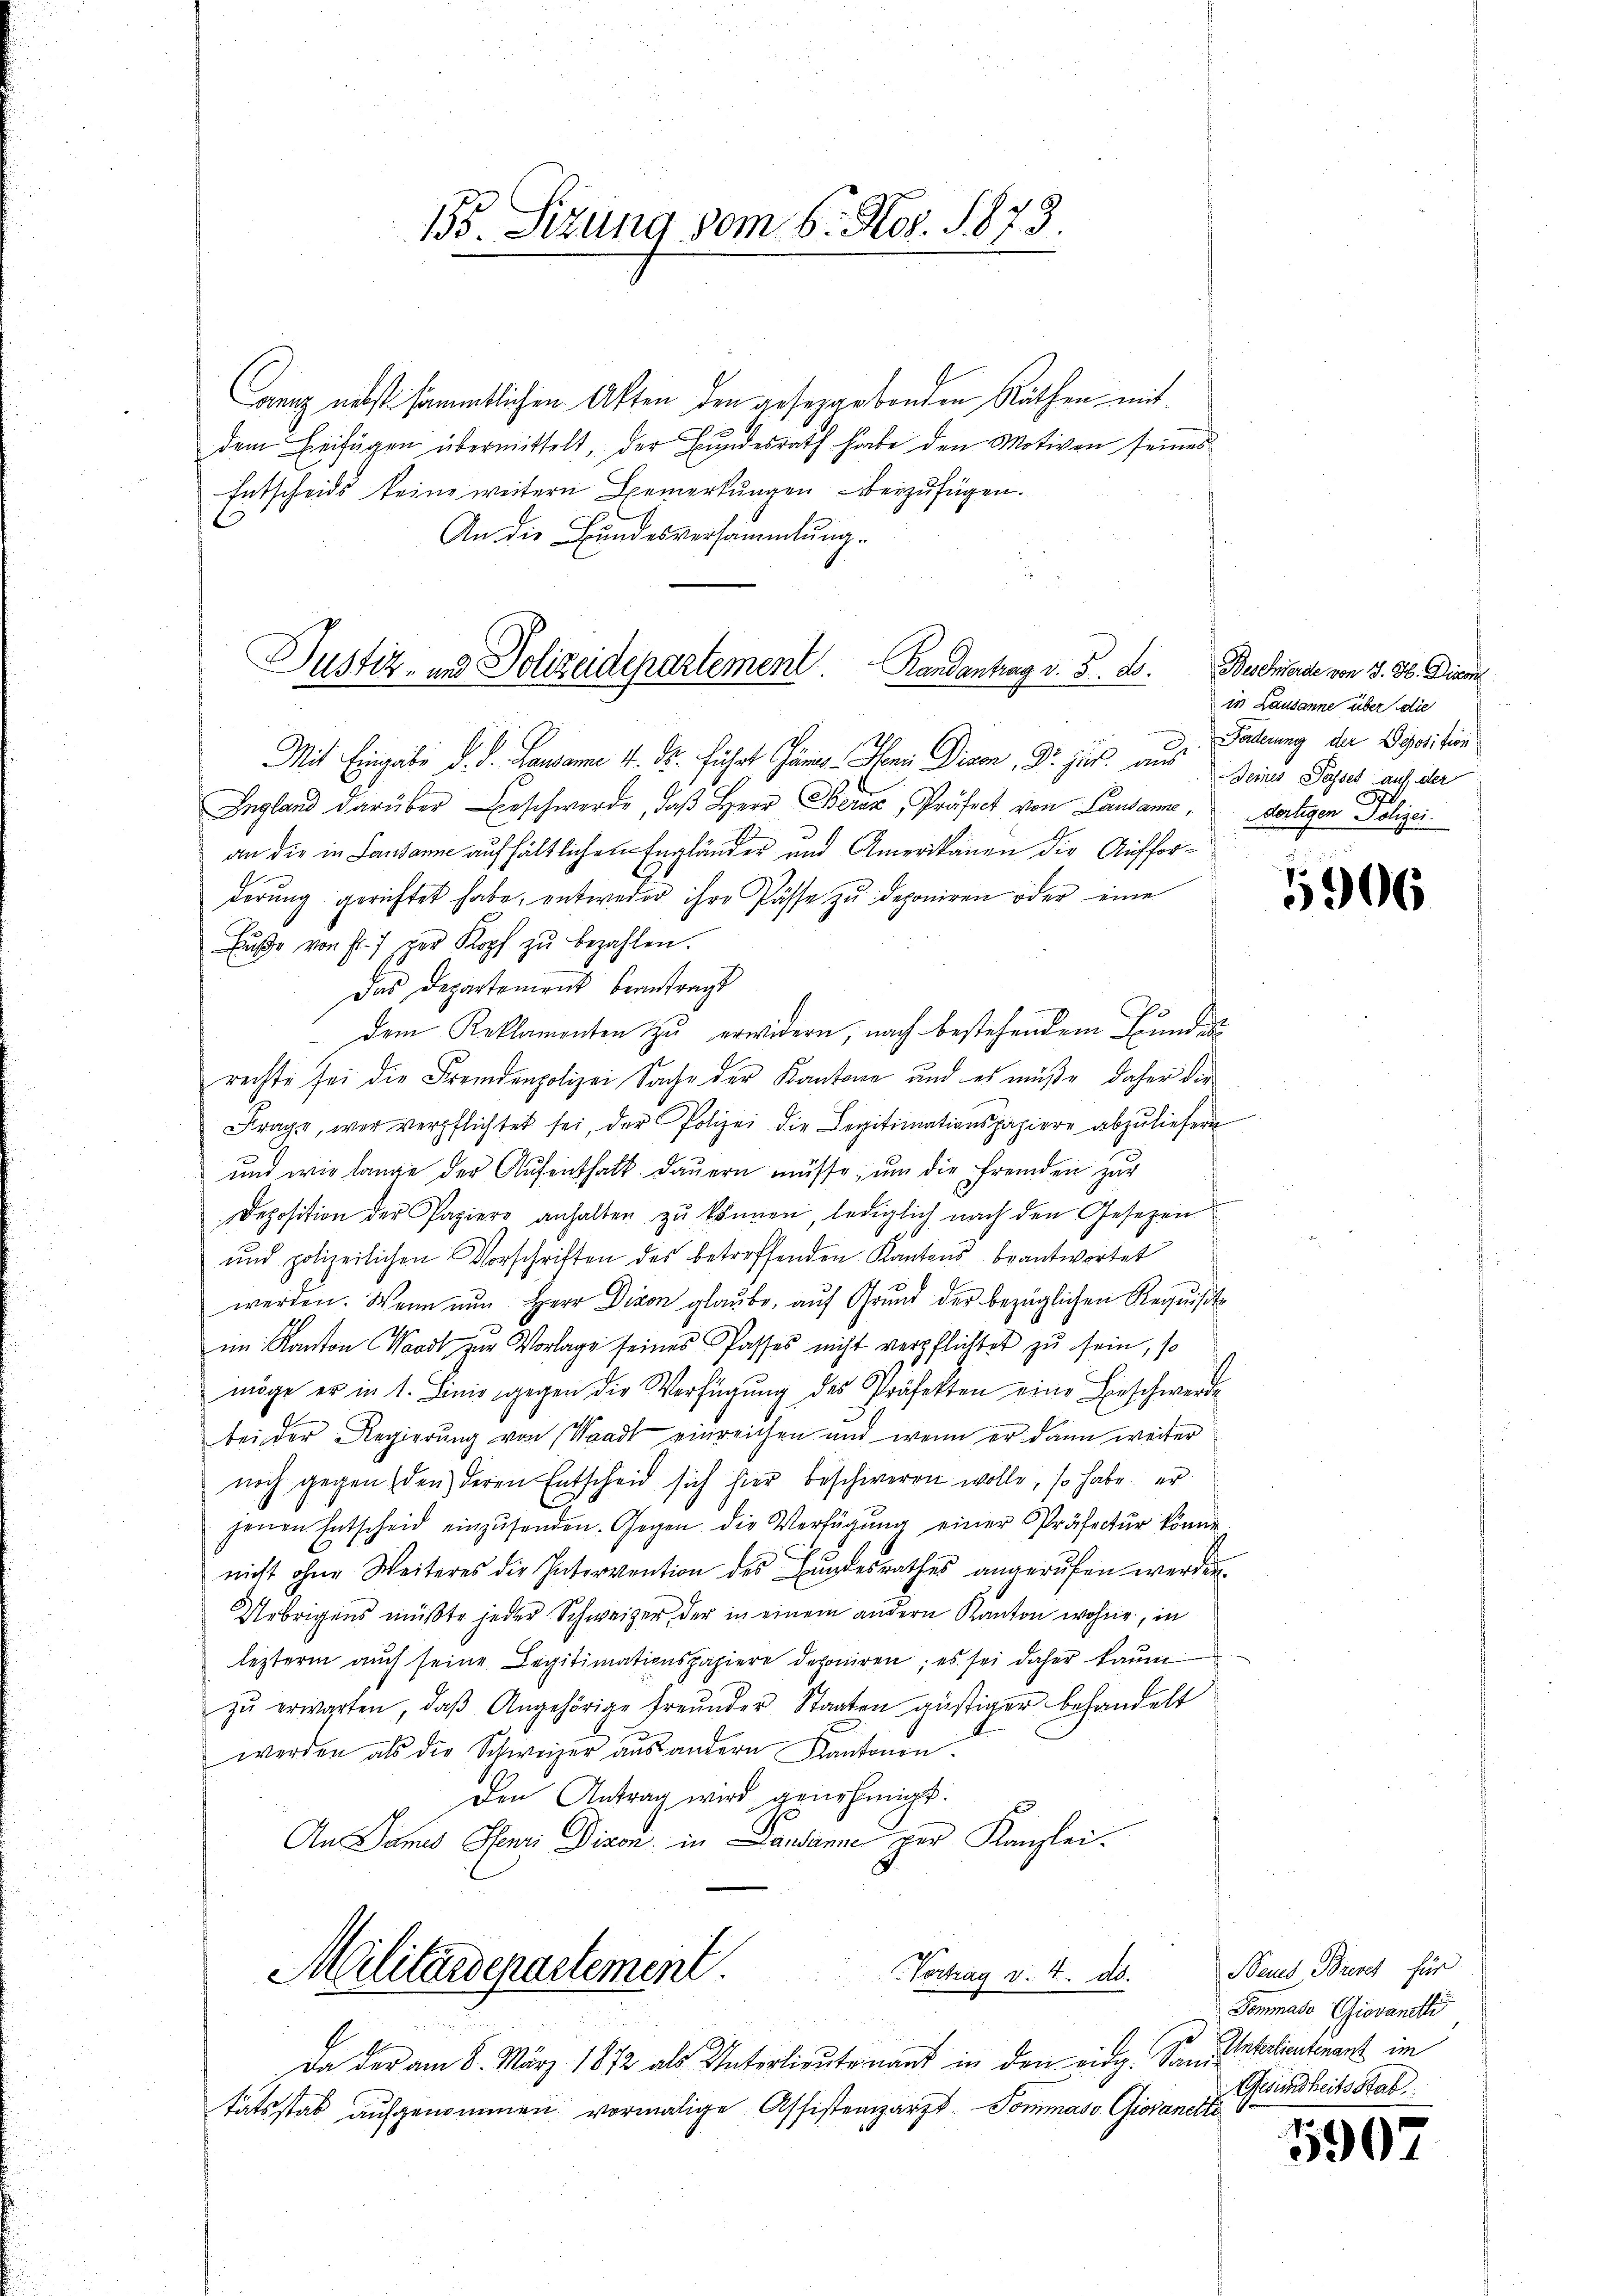
Caniz nebst sämmtlichen Akten den geseggebenden Räthen mit
dem Beifügen übermittelt, der Bundesrath habe den Motiven seines
Entscheids keine weitern Bemerkungen beizufügen.
An die Bundesversammlung.
Mit Eingabe d. d. Lausanne 4. ds. führt Jung. In Divo, Dr. jur. aus Deine Paul auf der
Ingland darüber Beschwerde, daβ Herr Berez, Präfect von Landamne, Martigen Polizei.
an die in Landann aufhältlichen Engländer und Amerikanen die Aufforderŭng gerichtet habe, entweder ihre Pässe zŭ deponiren oder eine
Fŭβe von Fr. 7 der Kopf zŭ bezahlen.
Das Departement beantragt
 dem Reklamenten zu erwidern, nach bestehendem Bundes
rechte sei die Fremdenpolizei Sache der Kantone und es müße daher die
Frage, wer verpflichtet sei, der Polizei die Legitimationspapiere abzuliefern
und wie lange der Aŭfenthalt dauern müsse, um die fremden zur
Deposition der Papiere anhalten zŭ können, lediglich nach den Gesetzen
und polizeilichen Vorschriften des betreffenden Kantons beantwortet
werden. Wenn nŭn Herr Divon glaŭbe, aŭf Grŭnd der bezüglichen Requisite
im Kanton Waadt zur Vorlage seines Passes nicht verpflichtet zu sein, so
möge er in 1. Linie gegen die Verfügŭng des Präfekten eine Beschwerde
bei der Regierŭng von Waadt einreichen und wenn er dann weiter
noch gegen den deren Entscheid sich hier beschireren wolle, so habe er
jenen Entscheid einzŭsenden. Gegen die Verfügŭng einer Präfectŭr könne
nicht ohne Weiteres die Intervention des Bundesrathes angerufen werden.
Uebrigens müßte jeder Schweizer, der in einem andern Kanton wohne, in
leztern aŭch seine Legitimationspapiere deponiren; es sei daher kaum
zŭ erwarten, daβ Angehörige freunder Staaten gestiger behandelt
werden als die Schweizer aŭs andern Kantonen.
den Antrag wird genehmigt.
An Sames Pfenni Dison in Landamne per Kanzlei-
g
Militärdepartement.
Vortrag v. 4. ds.
Da der am 8. März 1872 als Unterlieŭtenant in den eidg. Sani-
tätsstab aufgenommen vormalige Assistenzarzt Pommaso Giovanelle

Justiz- und Polizeidepartement. Randantrag v. 5. d.

155. Sitzung vom 6. Nov. 1873.

Beschiferde von J. H. Direk
in Lausanne über die
Forderung der Deposition

5906

Baues Brent für
Dommaso Giovanelli
Unterlieutenant im
Gesundheitsstab

5907